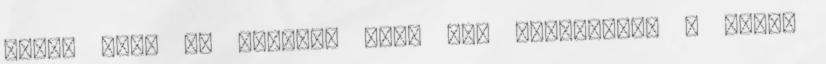
Olyan szép az életem, mint egy tündérmese A Dirac